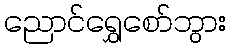
ညောင်ရွှေစော်ဘွား